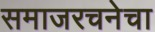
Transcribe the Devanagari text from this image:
समाजरचनेचा